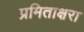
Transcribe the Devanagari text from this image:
प्रमिताक्षरा